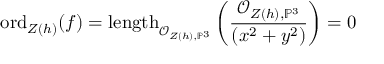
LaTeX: { \mathrm { o r d } } _ { Z ( h ) } ( f ) = { \mathrm { l e n g t h } } _ { { \mathcal { O } } _ { Z ( h ) , \mathbb { P } ^ { 3 } } } \left( { \frac { { \mathcal { O } } _ { Z ( h ) , \mathbb { P } ^ { 3 } } } { ( x ^ { 2 } + y ^ { 2 } ) } } \right) = 0